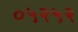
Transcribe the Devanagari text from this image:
०५२५२